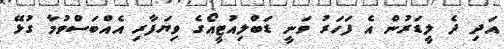
އަދި ދެ ލީޑަރުން އެ ފަހަރު ވަނީ ޑަބްލިއުޓީއޯގެ ވިޔަފާރި އެއްބަސްވުމާ ގުޅޭ